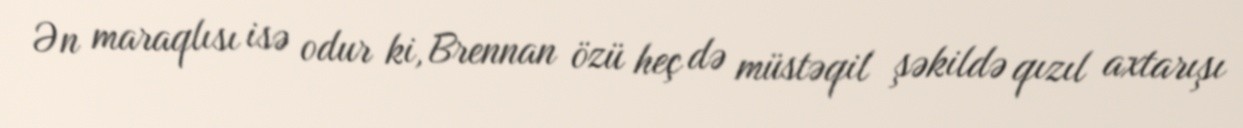
Ən maraqlısı isə odur ki, Brennan özü heç də müstəqil şəkildə qızıl axtarışı